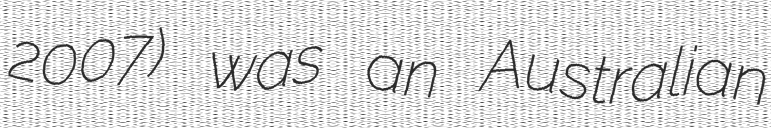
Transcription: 2007) was an Australian